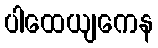
ပါထေယျကေန